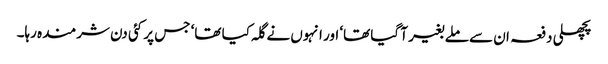
پچھلی دفعہ ان سے ملے بغیر آ گیا تھا‘ اور انہوں نے گلہ کیا تھا‘ جس پر کئی دن شرمندہ رہا۔